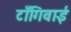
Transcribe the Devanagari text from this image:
टाँगिवाई